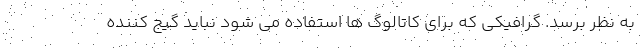
به نظر برسد. گرافیکی که برای کاتالوگ ها استفاده می شود نباید گیج کننده